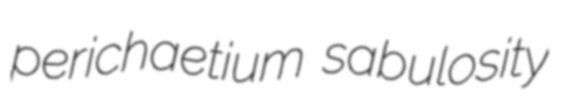
perichaetium sabulosity